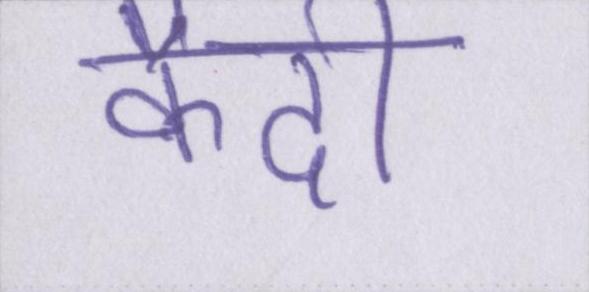
कैदी